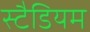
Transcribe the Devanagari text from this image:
स्टैडियम